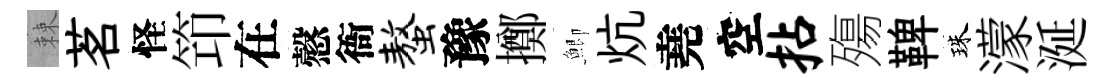
棘茗怪笻在慤衙螯豫擲鯽炕堯空拈殤鞞珠濛涎